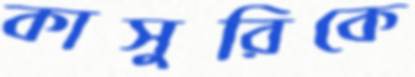
কাসুরিকে